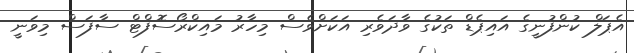
އެޕަލް ކުންފުނީގެ އައިޕެޑް ތަކުގެ ވާދަވެރި އަަކަށްވެސް މިހާރު މައިކްރޯސޮފްޓް ސާފަސް މިވަނީ